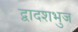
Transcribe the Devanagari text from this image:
द्वादशभुज